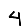
Digit: 4